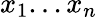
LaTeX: x_{1}...x_{n}